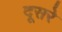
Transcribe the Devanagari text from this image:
दूसरेे